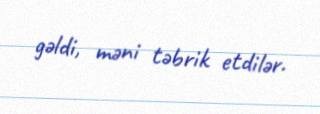
gəldi, məni təbrik etdilər.